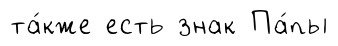
та́кже есть знак Па́пы